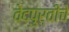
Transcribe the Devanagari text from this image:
वेदपुर्वीचे